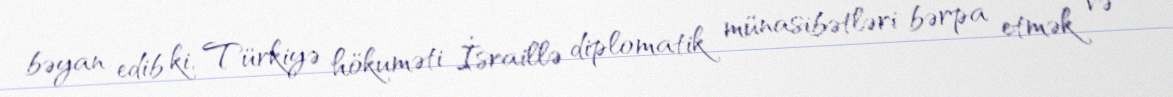
bəyan edib ki, Türkiyə hökuməti İsraillə diplomatik münasibətləri bərpa etmək və